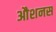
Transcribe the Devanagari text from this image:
औशनस